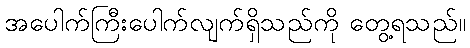
အပေါက်ကြီးပေါက်လျက်ရှိသည်ကို တွေ့ရသည်။